Virumaa_algkoolid, lk 10
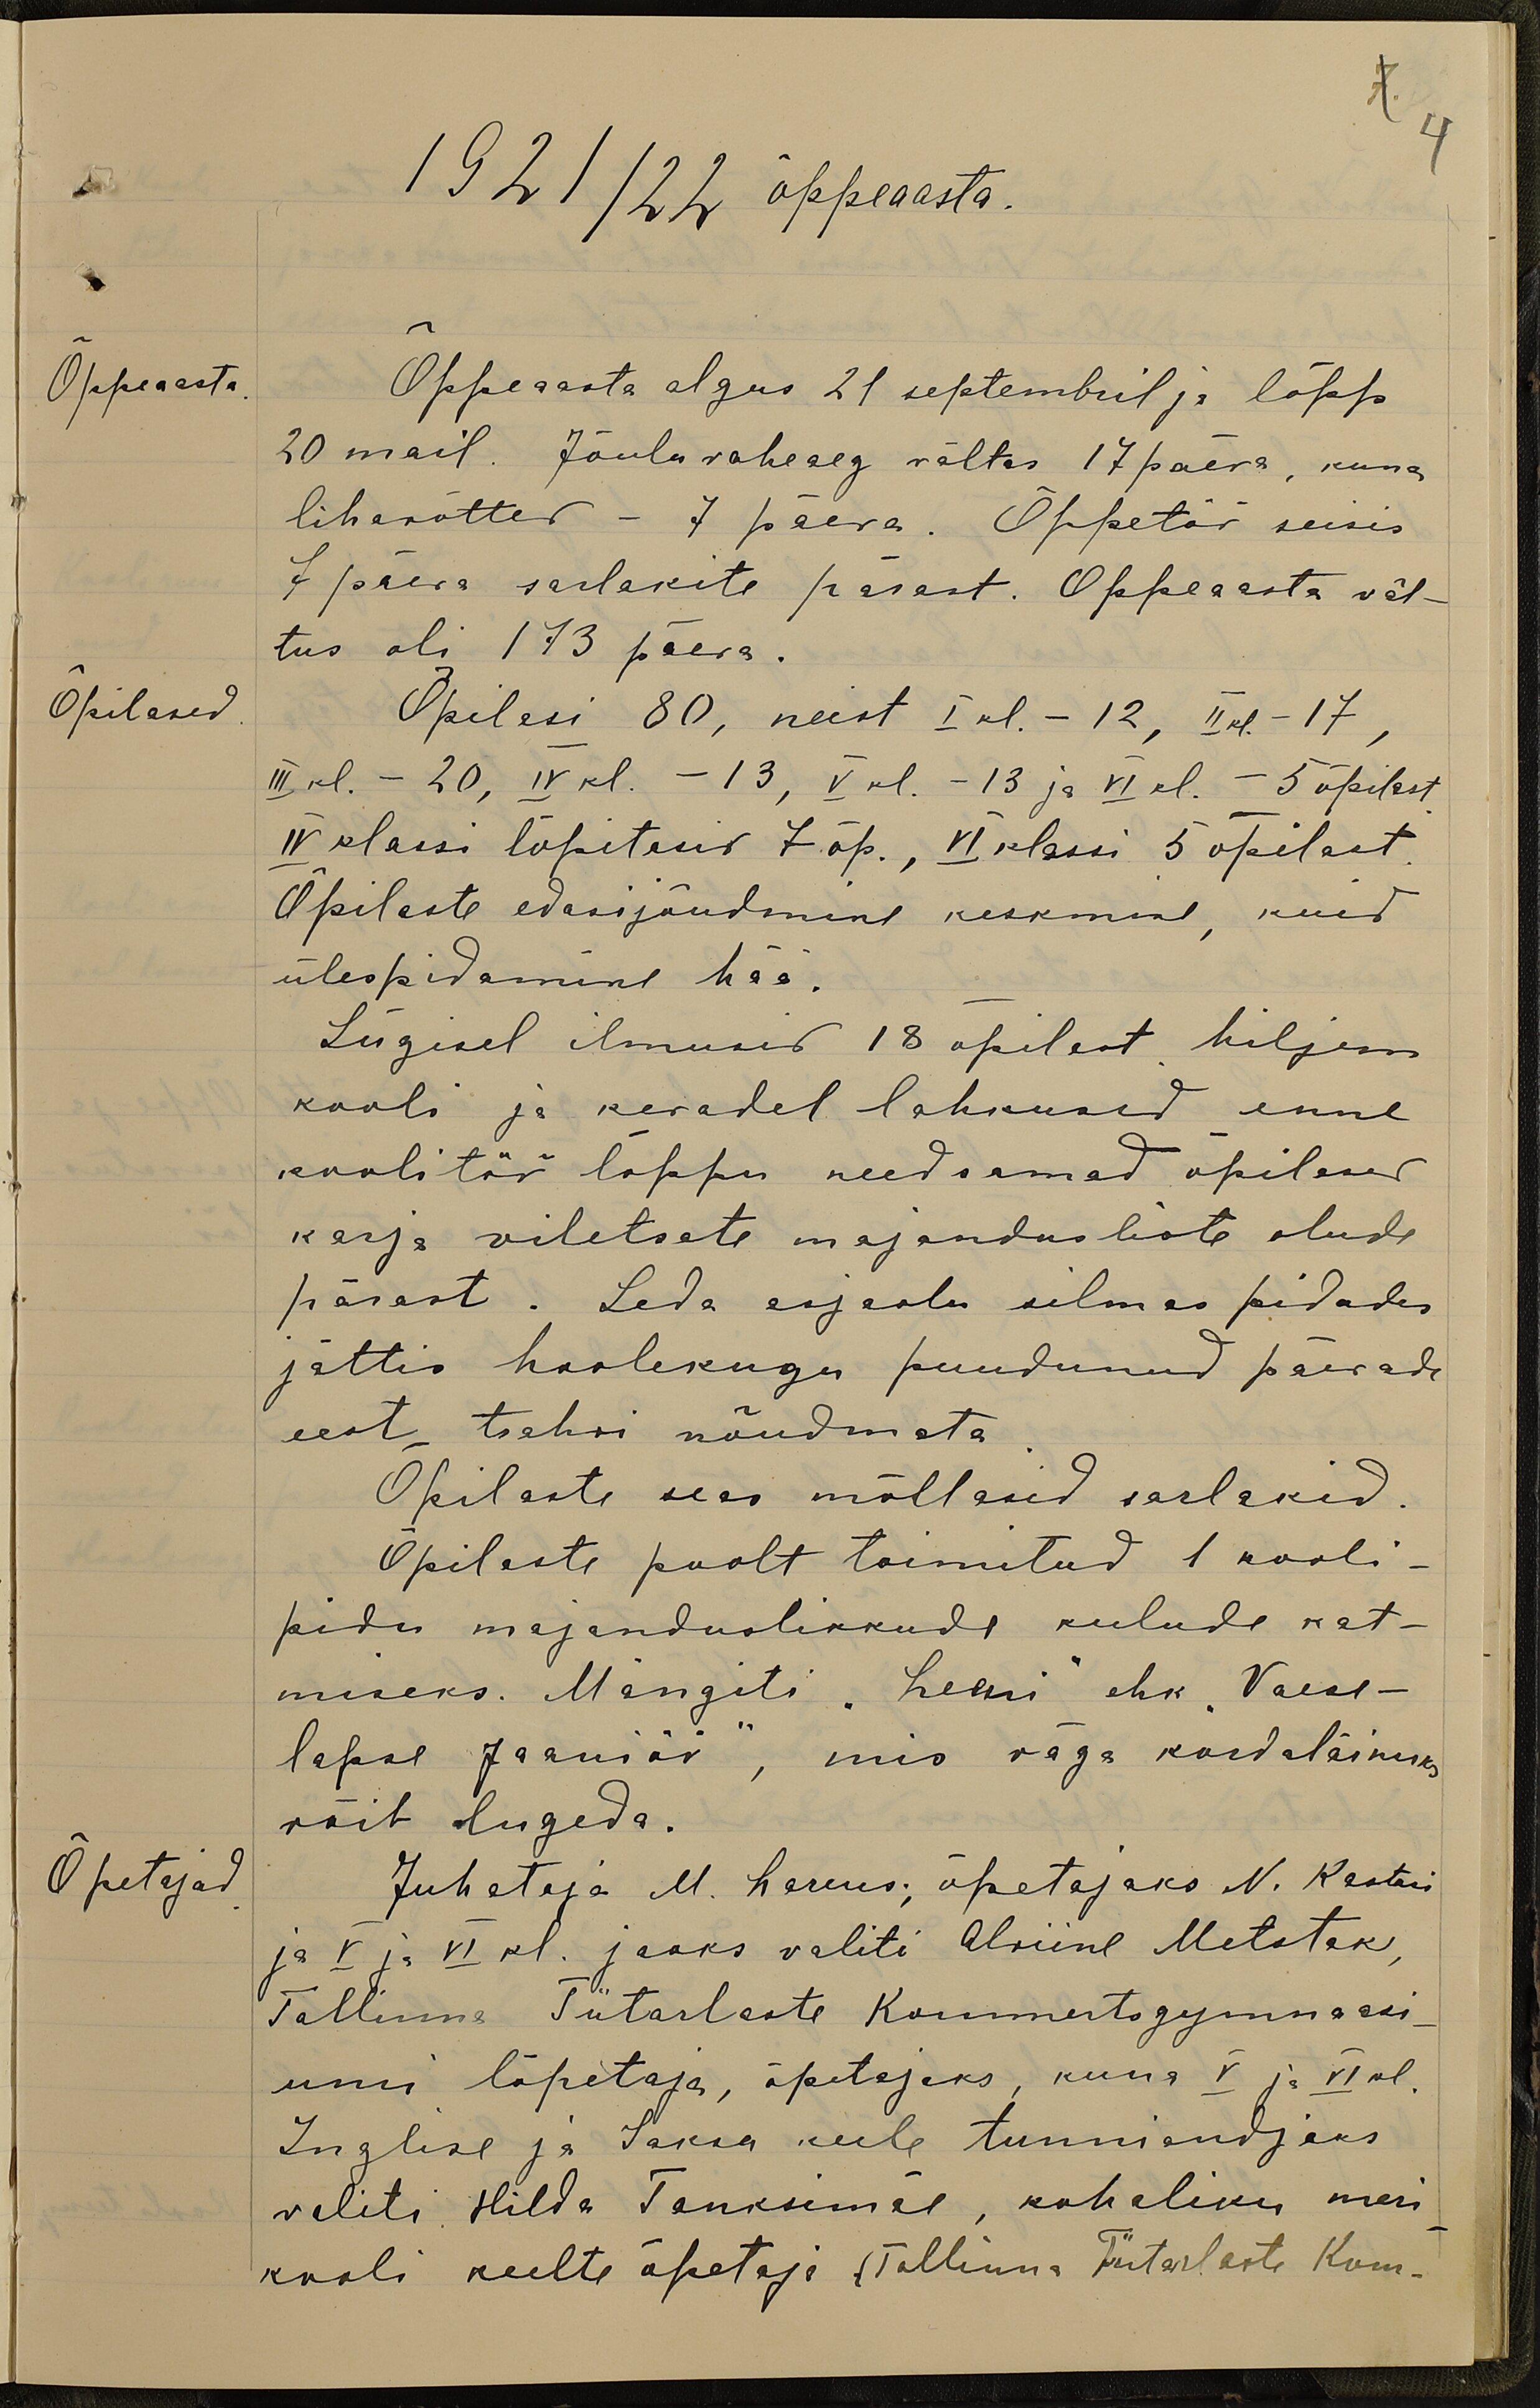
7 4
1921/22 õppeaasta.
Õppeaasta
Õppeaasta algus 21 septembril ja lõpp
20 mail. Jõuluvaheaeg vältas 17 päeva, kuna
lihavõtted - 7 päeva. Õppetöö seisis
7 päeva sarlakite pärast. Õppeaasta väl-
tus oli 173 päeva.
Õpilased
Õpilasi 80, neist I kl. - 12, II kl - 17,
III kl. - 20, IV kl. - 13, V kl.- 13 ja VI kl. - 5 õpilast
IV klassi lõpetasid 7 õp., IV klassi 5 õpilast
Õpilaste edasijõudmine keskmine, kuid
ülespidamine hää.
Sügisel ilmusid 18 õpilast hiljem
kooli ja kevadel lahkused enne
koolitöö lõppu needsamad õpilased
karja viletsate majandusliste olude
pärast. Seda asjaolu silmas pidades
jättis hoolekugu puudunud päevade
eest trahvi nõudmata.
Õpilaste seas möllasid sarlakid.
Õpilaste poolt toimitud 1 kooli-
pidu majanduslikkude kulude kat-
miseks. Mängiti "Leeni" ehk "Vaese-
lapse Jaaniöö", mis väga kordaläinuks
võib lugeda.
Õpetajad
Juhataja M. Larens; õpetajaks N. Kastni
ja V ja VI kl. jaoks valiti Alviine Metstak,
Tallinna Tütarlaste Kommertsgümnaasi-
umi lõpetaja, õpetajaks, kuna V ja VI kl.
Inglise ja Saksa keele tunniandjaks
valiti Hilda Tanksimäe, kohaliku meri
kooli keelte õpetaja (Tallinna Tütarlaste Kom-